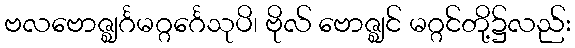
ဗလဗောဇ္ဈင်္ဂမဂ္ဂင်္ဂေသုပိ၊ ဗိုလ် ဗောဇ္ဈင် မဂ္ဂင်တို့၌လည်း